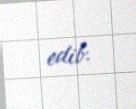
edib.